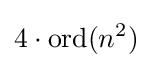
4\cdot {\text{ord}}(n^{2})